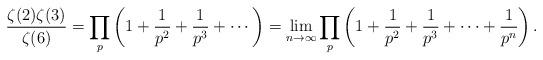
LaTeX: \begin{align*}\frac{\zeta(2)\zeta(3)}{\zeta(6)}=\prod_{p} \left(1+\frac{1}{p^2} + \frac{1}{p^3} + \cdots \right)=\lim_{n\to \infty}\prod_{p} \left(1+\frac{1}{p^2} + \frac{1}{p^3} + \cdots + \frac{1}{p^n}\right).\end{align*}